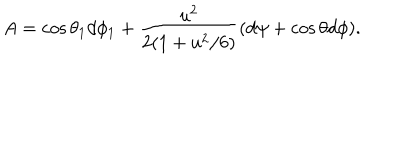
A = \cos { \theta _ { 1 } } d \phi _ { 1 } + { \frac { u ^ { 2 } } { 2 ( 1 + u ^ { 2 } / 6 ) } } ( d \psi + \cos \theta d \phi ) .